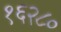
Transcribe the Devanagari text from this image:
१६२८०